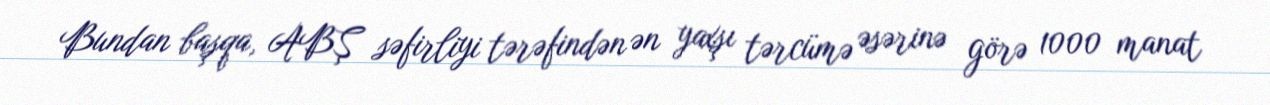
Bundan başqa, ABŞ səfirliyi tərəfindən ən yaxşı tərcümə əsərinə görə 1000 manat